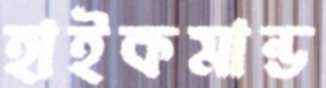
হাইকমান্ড